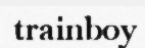
trainboy